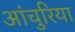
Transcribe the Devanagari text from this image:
आंचुरिया